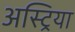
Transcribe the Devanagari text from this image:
अस्ट्रिया